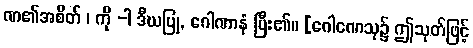
ဏ၏အစိတ် ၊ ကို -ါ ဒီဃပြု, ဂေါဏာနံ ပြီး၏။ [ဂေါဏေသု၌ ဤသုတ်ဖြင့်